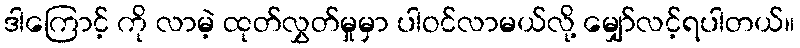
ဒါကြောင့် ကို လာမဲ့ ထုတ်လွှတ်မှုမှာ ပါဝင်လာမယ်လို့ မျှော်လင့်ရပါတယ်။